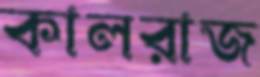
কালরাজ